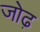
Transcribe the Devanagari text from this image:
जोढ़